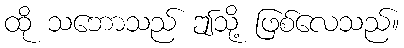
ထို သဘောသည် ဤသို့ ဖြစ်လေသည်။